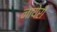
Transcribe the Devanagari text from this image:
नायेरी